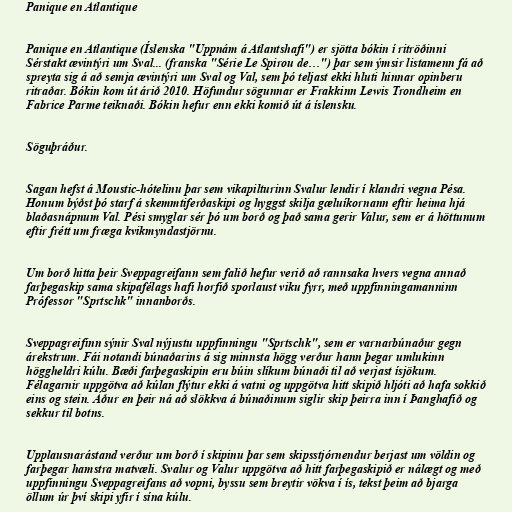
Panique en Atlantique

Panique en Atlantique (Íslenska "Uppnám á Atlantshafi") er sjötta bókin í ritröðinni
Sérstakt ævintýri um Sval... (franska "Série Le Spirou de…") þar sem ýmsir listamenn fá að
spreyta sig á að semja ævintýri um Sval og Val, sem þó teljast ekki hluti hinnar opinberu
ritraðar. Bókin kom út árið 2010. Höfundur sögunnar er Frakkinn Lewis Trondheim en
Fabrice Parme teiknaði. Bókin hefur enn ekki komið út á íslensku.

Söguþráður.

Sagan hefst á Moustic-hótelinu þar sem vikapilturinn Svalur lendir í klandri vegna Pésa.
Honum býðst þó starf á skemmtiferðaskipi og hyggst skilja gæluíkornann eftir heima hjá
blaðasnápnum Val. Pési smyglar sér þó um borð og það sama gerir Valur, sem er á höttunum
eftir frétt um fræga kvikmyndastjörnu.

Um borð hitta þeir Sveppagreifann sem falið hefur verið að rannsaka hvers vegna annað
farþegaskip sama skipafélags hafi horfið sporlaust viku fyrr, með uppfinningamanninn
Prófessor "Sprtschk" innanborðs.

Sveppagreifinn sýnir Sval nýjustu uppfinningu "Sprtschk", sem er varnarbúnaður gegn
árekstrum. Fái notandi búnaðarins á sig minnsta högg verður hann þegar umlukinn
höggheldri kúlu. Bæði farþegaskipin eru búin slíkum búnaði til að verjast ísjökum.
Félagarnir uppgötva að kúlan flýtur ekki á vatni og uppgötva hitt skipið hljóti að hafa sokkið
eins og stein. Áður en þeir ná að slökkva á búnaðinum siglir skip þeirra inn í Þanghafið og
sekkur til botns.

Upplausnarástand verður um borð í skipinu þar sem skipsstjórnendur berjast um völdin og
farþegar hamstra matvæli. Svalur og Valur uppgötva að hitt farþegaskipið er nálægt og með
uppfinningu Sveppagreifans að vopni, byssu sem breytir vökva í ís, tekst þeim að bjarga
öllum úr því skipi yfir í sína kúlu.